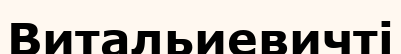
Витальиевичті